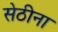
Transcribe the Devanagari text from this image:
सेठीना